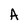
Character: A